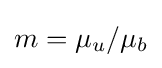
m=\mu _{u}/\mu _{b}